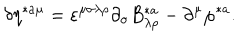
\delta \eta ^ { * a \mu } = \varepsilon ^ { \mu \sigma \lambda \rho } \partial _ { \sigma } B _ { \lambda \rho } ^ { * a } - \partial ^ { \mu } \varphi ^ { * a } .